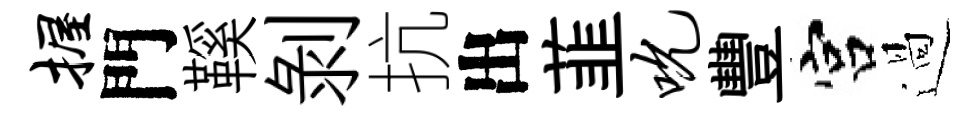
握門鞵剥抗出韮吮豐宫過